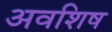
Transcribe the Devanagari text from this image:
अवशिष